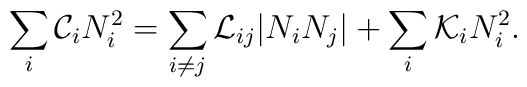
\sum_i {\cal C}_i N_i^2 = \sum_{i\neq j}{\cal L}_{ij}|N_iN_j| + \sum_i {\cal K}_i N_i^2.